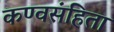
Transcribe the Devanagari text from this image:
कण्वसंहिता